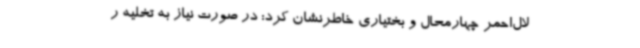
لال‌احمر چهارمحال و بختیاری خاطرنشان کرد: در صورت نیاز به تخلیه ر